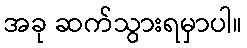
အခု ဆက်သွားရမှာပါ။